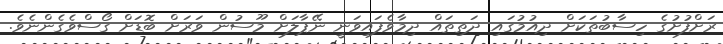
ރަށްފުށުގެ ހިސާބުތަކަށް ދިއުމުގައި ދަތިތައް ދިމާވެފައިވަނީ ނޭޕާލަށް މޫސުން ވަރަށް ބޮޑަށް ގޯސްވެގެންނެވެ.